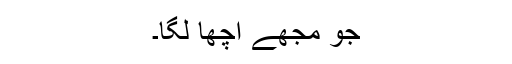
جو مجھے اچھا لگا۔